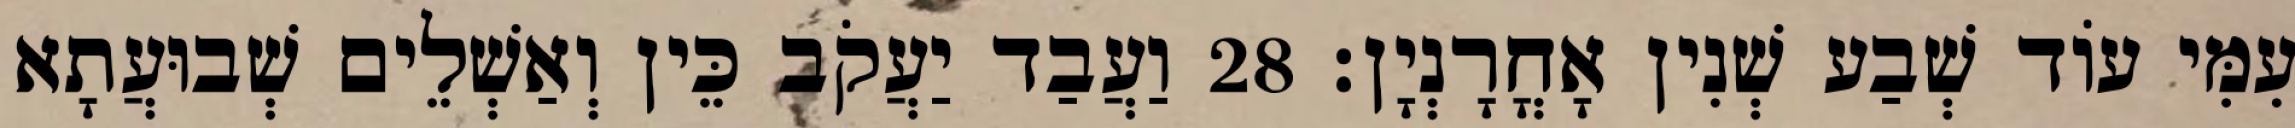
עִמִּי עוֹד שְׁבַע שְׁנִין אָחֳרָנְיָן׃ 28 וַעֲבַד יַעֲקֹב כֵּין וְאַשְׁלֵים שְׁבוּעֲתָא